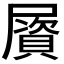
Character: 𡳠